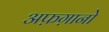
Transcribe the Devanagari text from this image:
अफ़ग़ानो